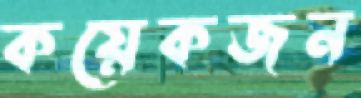
কয়েকজন